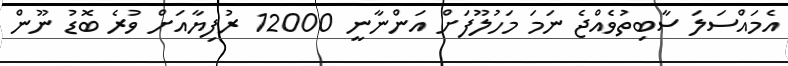
އެމައްސަލަ ސާބިތުވެއްޖެ ނަމަ މަހުލޫފަށް އަންނާނީ 12000 ރުފިޔާއަށް ވުރެ ބޮޑު ނޫން